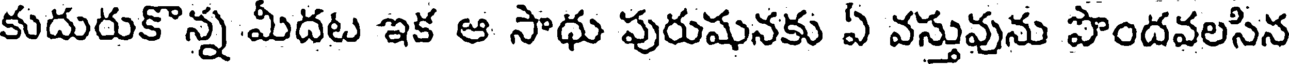
కుదురుకొన్న మీదట ఇక ఆ సాధు పురుషునకు ఏ వస్తువును పొందవలసిన